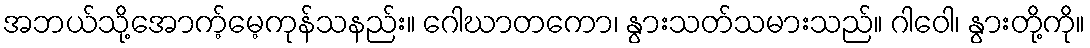
အဘယ်သို့အောက့်မေ့ကုန်သနည်း။ ဂေါဃာတကော၊ နွားသတ်သမားသည်။ ဂါဝေါ၊ နွားတို့ကို။